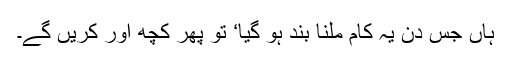
ہاں جس دن یہ کام ملنا بند ہو گیا‘ تو پھر کچھ اور کریں گے۔